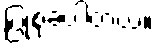
ပြုစုခဲ့ပါတယ်။